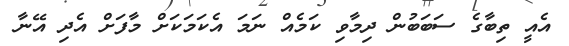
އެއީ ތިބާގެ ސަބަބުން ދިމާވި ކަމެއް ނަމަ އެކަމަކަށް މާފަށް އެދި އޭނާ